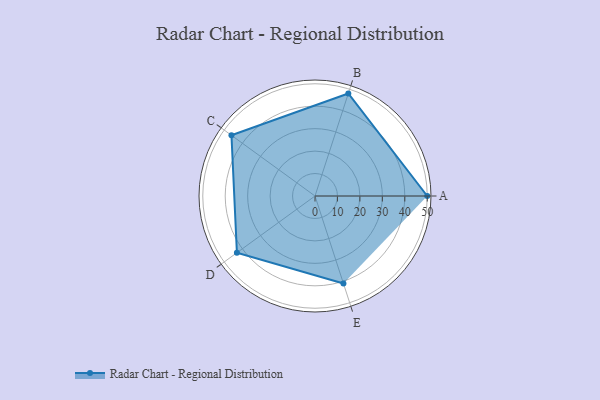
{"axis": {"x": "Skill", "y": "Score"}, "legend": ["Profile"], "data": [{"x": "A", "y": 50.0, "type": "Profile"}, {"x": "B", "y": 48.0, "type": "Profile"}, {"x": "C", "y": 46.0, "type": "Profile"}, {"x": "D", "y": 43.0, "type": "Profile"}, {"x": "E", "y": 41.0, "type": "Profile"}]}